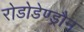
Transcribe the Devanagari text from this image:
रोडोडेण्ड्रौन